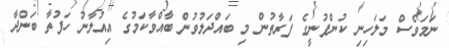
ނަމަވެސް މަލަހިނި ކުންފުނީގެ ފަރާތުން މި ބައްދަލުވުން ބާއްވާކަމުގެ އިއުލާނު ހަފުތާ ބަންދާ